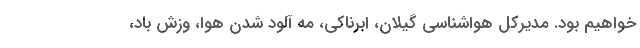
خواهیم بود. مدیرکل هواشناسی گیلان، ابرناکی، مه آلود شدن هوا، وزش باد،